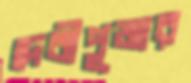
দেবীপূজার